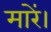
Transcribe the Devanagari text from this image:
मारें।